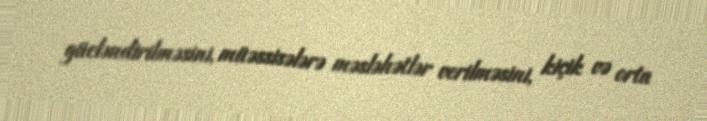
gücləndirilməsini, müəssisələrə məsləhətlər verilməsini, kiçik və orta